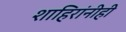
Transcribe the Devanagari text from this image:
शाहिरांनीही